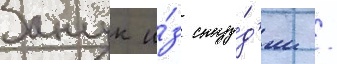
Занук и́з сту́д'ии /